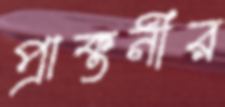
প্রাক্তনীর